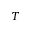
T